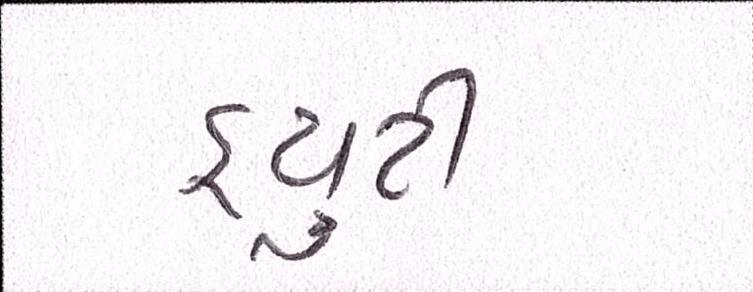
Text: ડ્યુટી